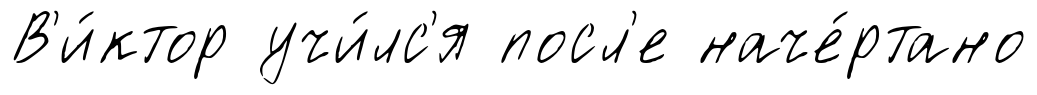
В'и́ктор учи́лс'я посл'е наче́ртано